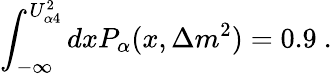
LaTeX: \int_{-\infty}^{U_{\alpha 4}^{2}}dxP_{\alpha}(x,\Delta m^{2})=0.9~.